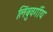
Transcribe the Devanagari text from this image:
लिंबुवर्गीय